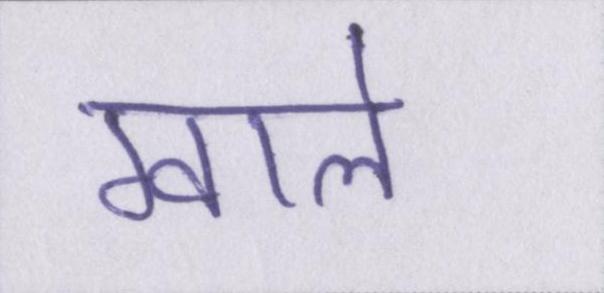
ग्वाले